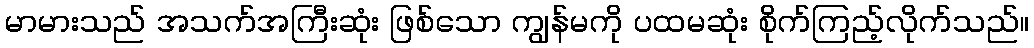
မာမားသည် အသက်အကြီးဆုံး ဖြစ်သော ကျွန်မကို ပထမဆုံး စိုက်ကြည့်လိုက်သည်။